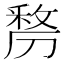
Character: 𭄐